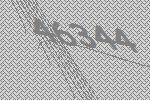
46344